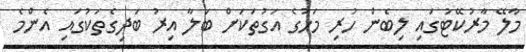
މާލޭ މާރުކޭޓުގައި ލިބެން ހުރި މަހުގެ އަގުތަކަށް ބަލާ އިރު ބަދިގެތަކުގައި އެންމެ